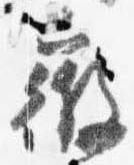
微